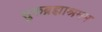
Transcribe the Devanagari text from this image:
सुकब्रह्माश्रमम